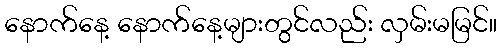
နောက်နေ့ နောက်နေ့များတွင်လည်း လှမ်းမမြင်။